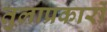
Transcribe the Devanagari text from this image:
तुलाप्रकारों